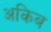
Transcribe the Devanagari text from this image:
अकिब